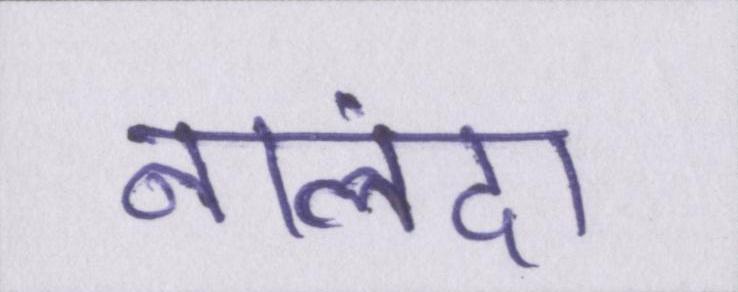
नालंदा